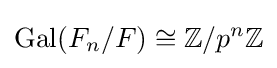
\operatorname {Gal} (F_{n}/F)\cong \mathbb {Z} /p^{n}\mathbb {Z}